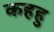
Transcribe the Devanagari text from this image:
कहहु